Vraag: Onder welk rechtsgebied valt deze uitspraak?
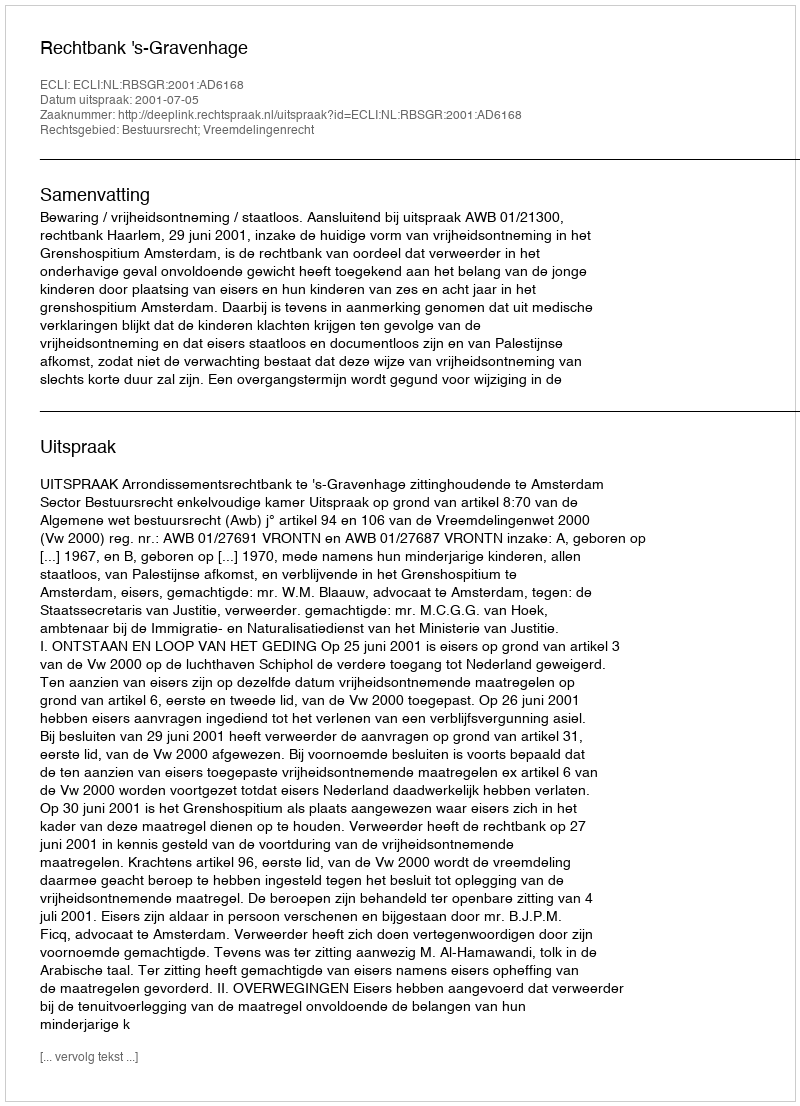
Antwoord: Bestuursrecht; Vreemdelingenrecht